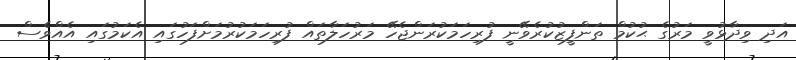
އަދި ވިދާޅުވީ މަރުގެ ޙުކުމް ތަންފީޒުކުރެވޭނީ ފުރިހަމަކުރަންޖެހޭ މަރުހަލާތައް ފުރިހަމަކުރުމަށްފަހުގައި އެކަމުގައި އެއްވެސް